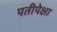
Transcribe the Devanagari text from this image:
पतीपेक्षा